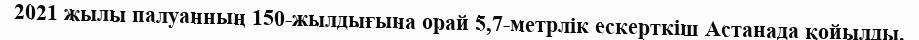
2021 жылы палуанның 150-жылдығына орай 5,7-метрлік ескерткіш Астанада қойылды.